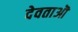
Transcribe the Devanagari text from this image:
देवताऒ